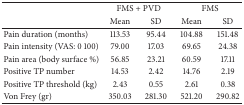
<table><thead><tr><td><b> </b></td><td colspan="2"><b>FMS + PVD</b></td><td colspan="2"><b>FMS</b></td></tr><tr><td><b> </b></td><td><b>Mean</b></td><td><b>SD</b></td><td><b>Mean</b></td><td><b>SD</b></td></tr></thead><tbody><tr><td>Pain duration (months)</td><td>113.53</td><td>95.44</td><td>104.88</td><td>151.48</td></tr><tr><td>Pain intensity (VAS: 0 100)</td><td>79.00</td><td>17.03</td><td>69.65</td><td>24.38</td></tr><tr><td>Pain area (body surface %)</td><td>56.85</td><td>23.21</td><td>60.59</td><td>17.11</td></tr><tr><td>Positive TP number</td><td>14.53</td><td>2.42</td><td>14.76</td><td>2.19</td></tr><tr><td>Positive TP threshold (kg)</td><td>2.43</td><td>0.55</td><td>2.61</td><td>0.38</td></tr><tr><td>Von Frey (gr)</td><td>350.03</td><td>281.30</td><td>521.20</td><td>290.82</td></tr></tbody></table>